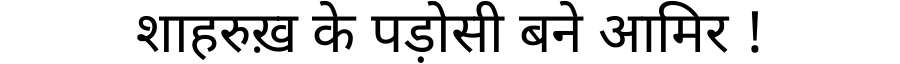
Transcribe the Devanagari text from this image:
शाहरुख़ के पड़ोसी बने आमिर !